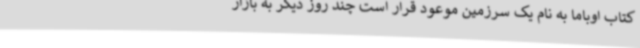
کتاب اوباما به نام یک سرزمین موعود قرار است چند روز دیگر به بازار